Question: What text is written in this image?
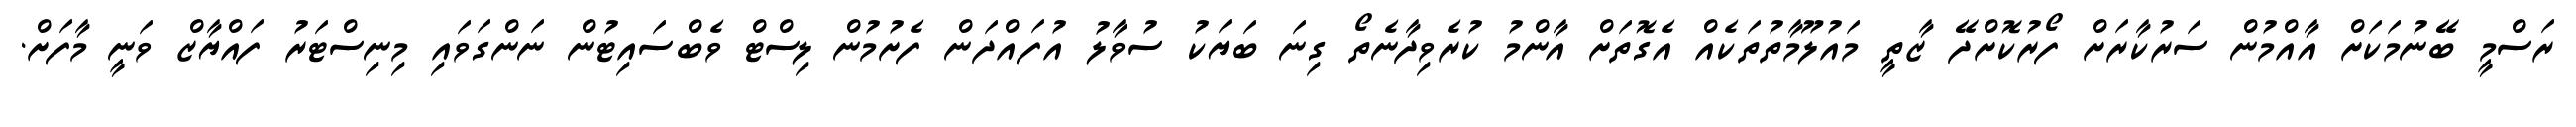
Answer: ރަސްމީ ބޭނުމަކަށް އާއްމުން ސަރުކާރަށް ފޯރުކޮށްދޭ ޒާތީ މައުލޫމާތުތަކެއް އެގޮތަށް އާންމު ކުރެވިދާނެތޯ ގިނަ ބަޔަކު ސުވާލު އުފައްދަން ފެށުމުން ލިސްޓް ވެބްސައިޓުން ނަންގަވައި މިނިސްޓަރު ފައްޔާޒް ވަނީ މާފަށް.